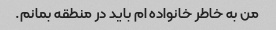
من به خاطر خانواده ام باید در منطقه بمانم.